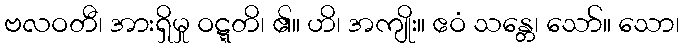
ဗလဝတီ၊ အားရှိမှု ဝဋ္ဋတိ၊ ၏။ ဟိ၊ အကျိုး။ ဧဝံ သန္တေ၊ သော်။ သော၊